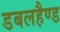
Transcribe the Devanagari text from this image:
डबलहैण्ड